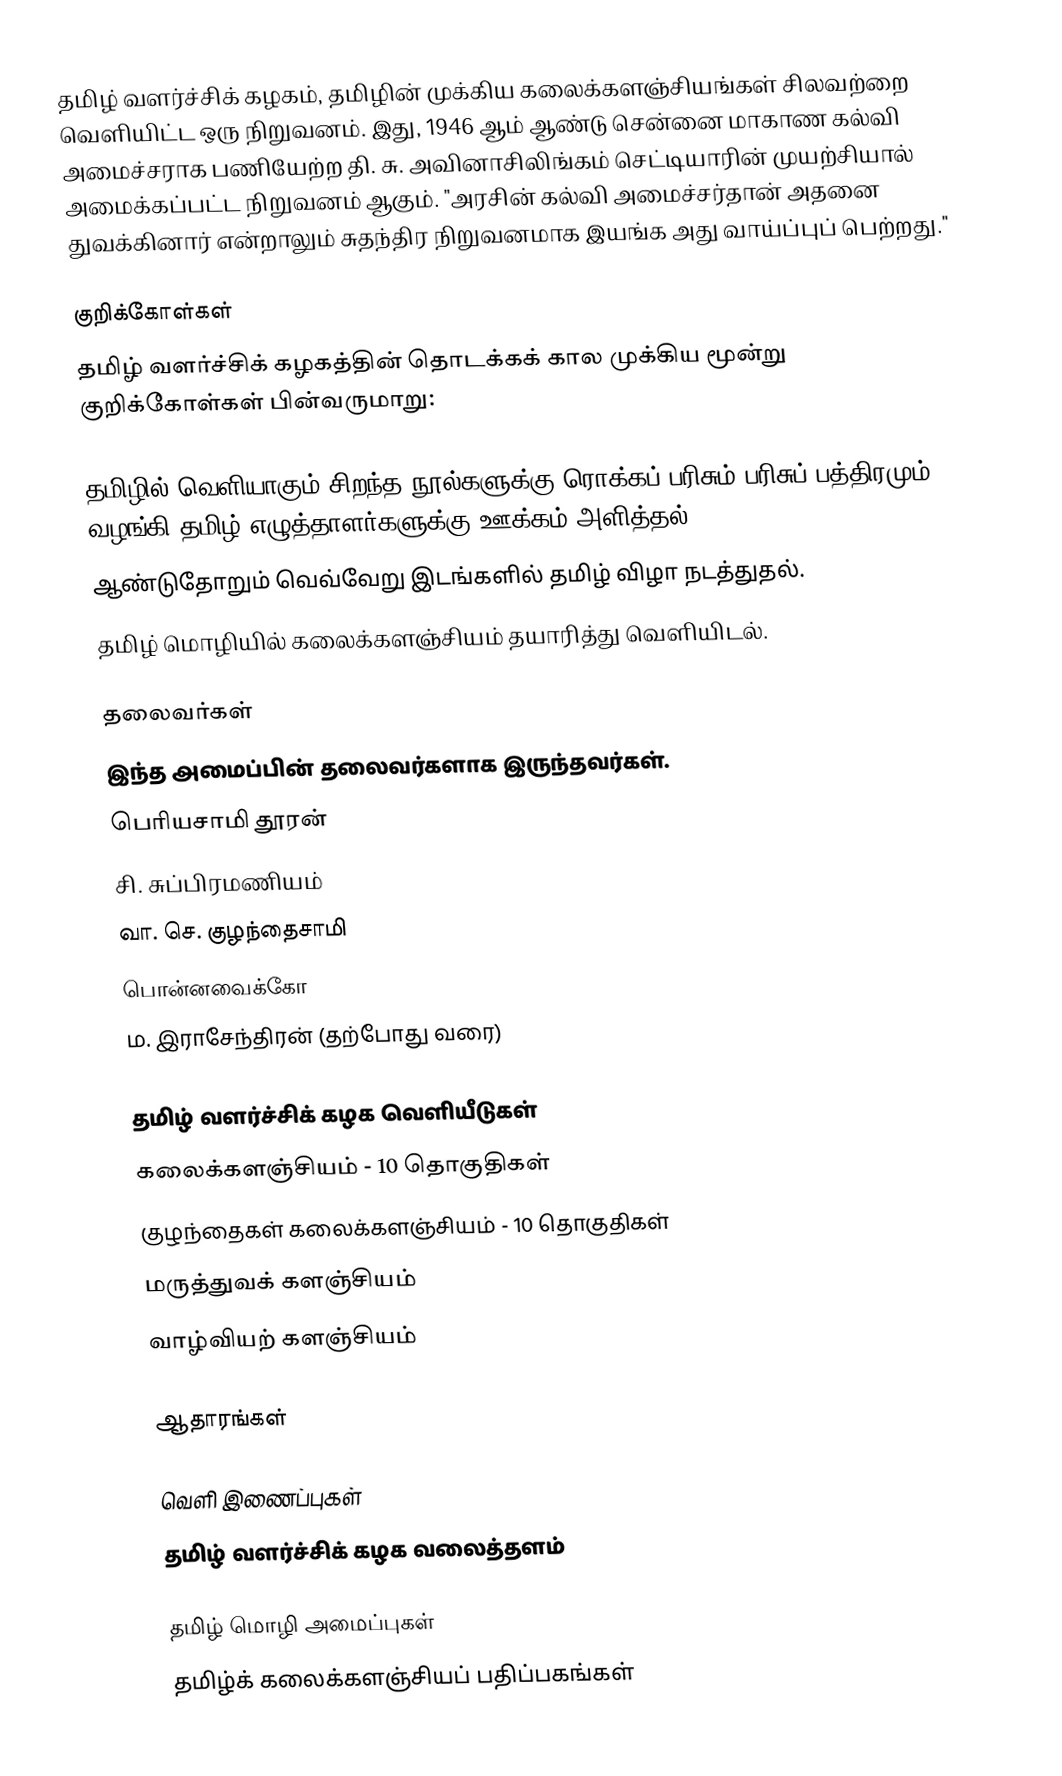
தமிழ் வளர்ச்சிக் கழகம், தமிழின் முக்கிய கலைக்களஞ்சியங்கள் சிலவற்றை வெளியிட்ட ஒரு நிறுவனம். இது, 1946 ஆம் ஆண்டு சென்னை மாகாண கல்வி அமைச்சராக பணியேற்ற தி. சு. அவினாசிலிங்கம் செட்டியாரின் முயற்சியால் அமைக்கப்பட்ட நிறுவனம் ஆகும். "அரசின் கல்வி அமைச்சர்தான் அதனை துவக்கினார் என்றாலும் சுதந்திர நிறுவனமாக இயங்க அது வாய்ப்புப் பெற்றது."

குறிக்கோள்கள்
தமிழ் வளர்ச்சிக் கழகத்தின் தொடக்கக் கால முக்கிய மூன்று குறிக்கோள்கள் பின்வருமாறு:

 தமிழில் வெளியாகும் சிறந்த நூல்களுக்கு ரொக்கப் பரிசும் பரிசுப் பத்திரமும் வழங்கி தமிழ் எழுத்தாளர்களுக்கு ஊக்கம் அளித்தல்.
 ஆண்டுதோறும் வெவ்வேறு இடங்களில் தமிழ் விழா நடத்துதல்.
 தமிழ் மொழியில் கலைக்களஞ்சியம் தயாரித்து வெளியிடல்.

தலைவர்கள்
இந்த அமைப்பின் தலைவர்களாக இருந்தவர்கள்.
 பெரியசாமி தூரன்
 சி. சுப்பிரமணியம்
 வா. செ. குழந்தைசாமி
 பொன்னவைக்கோ
 ம. இராசேந்திரன் (தற்போது வரை)

தமிழ் வளர்ச்சிக் கழக வெளியீடுகள்
 கலைக்களஞ்சியம் - 10 தொகுதிகள்
 குழந்தைகள் கலைக்களஞ்சியம் - 10 தொகுதிகள்
 மருத்துவக் களஞ்சியம்
 வாழ்வியற் களஞ்சியம்

ஆதாரங்கள்

வெளி இணைப்புகள்
 தமிழ் வளர்ச்சிக் கழக வலைத்தளம்

தமிழ் மொழி அமைப்புகள்
தமிழ்க் கலைக்களஞ்சியப் பதிப்பகங்கள்